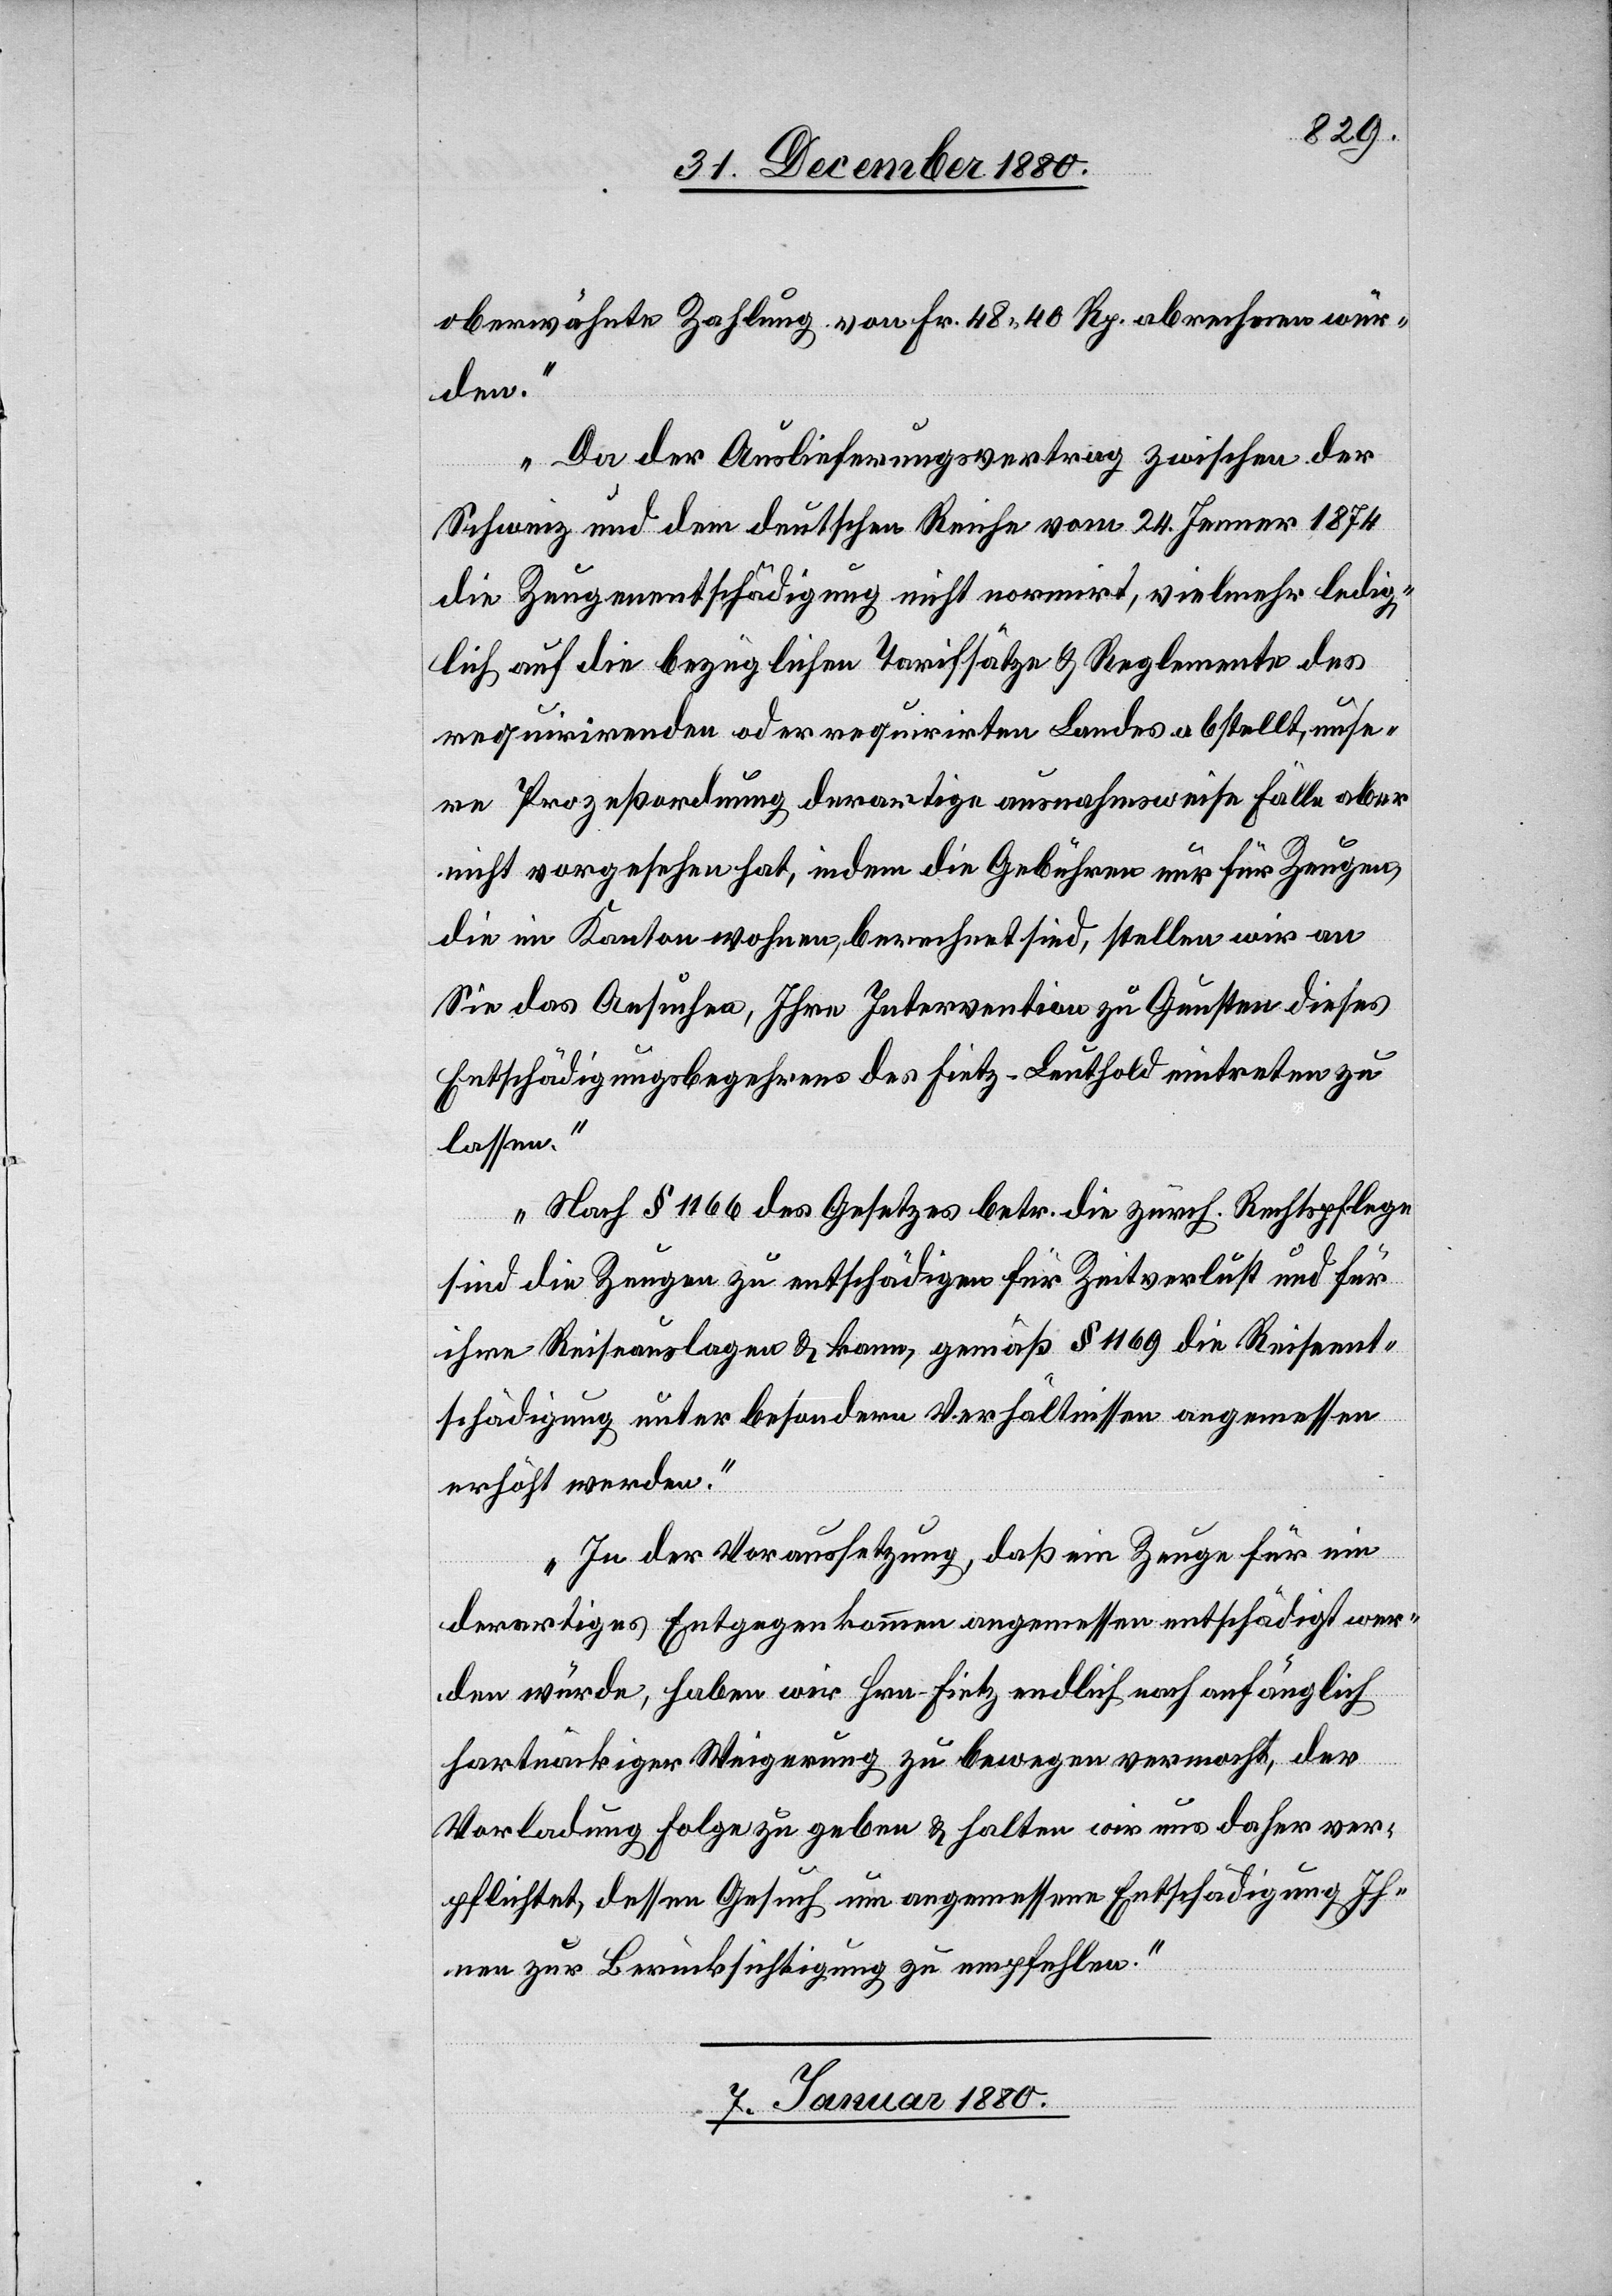
obenerwähnte Zahlung von Fr. 48 40 Rp. abrechnen wür¬
den.
Da der Auslieferungsvertrag zwischen der
Schweiz und dem deutschen Reiche vom 24. Jenner 1874
die Zeugenentschädigung nicht normirt, vielmehr ledig¬
lich auf die bezüglichen Tarifsätze & Reglemente des
requirirenden oder requirirten Landes abstellt, unse¬
re Prozeßordnung derartige ausnahmsweise Fälle aber
nicht vorgesehen hat, indem die Gebühren nur für Zeugen,
die im Kanton wohnen, berechnet sind, stellen wir an
Sie das Ansuchen, Ihre Intervention zu Gunsten dieses
Entschädigungsbegehrens des Fietz-Leuthold eintreten zu
lassen.
Nach § 1166 des Gesetzes betr. die zürch. Rechtspflege
sind die Zeugen zu entschädigen für Zeitverlust und für
ihre Reiseauslagen & kann, gemäß § 1169 die Reiseent¬
schädigung unter besondern Verhältnissen angemessen
erhöht werden.
In der Voraussetzung, daß ein Zeuge für ein
derartiges Entgegenkommen angemessen entschädigt wer¬
den würde, haben wir Hrn. Fietz endlich nach anfänglich
hartnäckiger Weigerung zu bewegen vermocht, der
Vorladung Folge zu geben & halten wir uns daher ver¬
pflichtet, dessen Gesuch um angemessene Entschädigung Ih¬
nen zu Berücksichtigung zu empfehlen.“